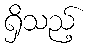
ရှိသည့်